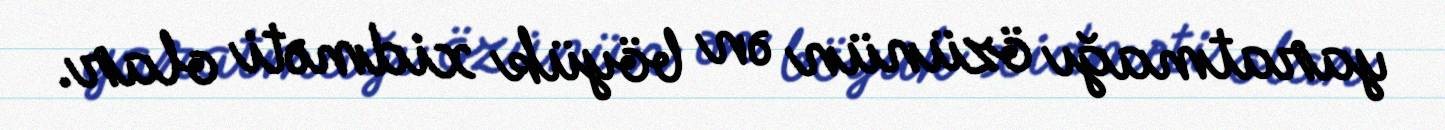
yaratmağı özünün ən böyük xidməti olar.